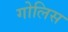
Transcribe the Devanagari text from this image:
गोलिस